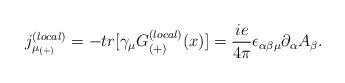
LaTeX: \begin{align*}{j_{\mu_{(+)}}^{(local)}}= -tr[\gamma_{\mu}G_{(+)}^{(local)}(x)]=\frac{ie}{4\pi}\epsilon_{\alpha\beta\mu}\partial_{\alpha}A_{\beta}.\end{align*}